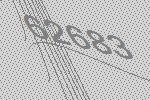
62683